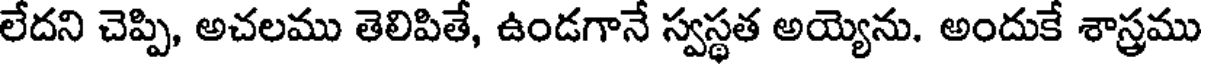
లేదని చెప్పి, అచలము తెలిపితే, ఉండగానే స్వస్థత అయ్యెను. అందుకే శాస్త్రము